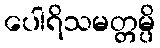
ပေါရိသမတ္တမ္ပိ